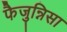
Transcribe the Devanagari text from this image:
फैजुन्निसा